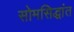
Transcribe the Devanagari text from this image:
सोमसिद्धांत